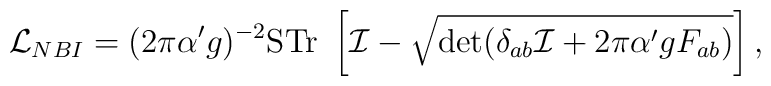
{\cal L}_{NBI} =  (2\pi\alpha'g)^{-2}{\rm STr} ~ \left[ {\cal I}- \sqrt{\det (\delta_{ab}{\cal I} + 2\pi\alpha'gF_{ab})}\right],